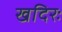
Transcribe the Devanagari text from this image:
खदिरः